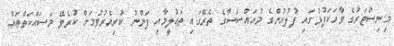
މިނިސްޓަރުގެ ވާހަކަފުޅުގައި ފުލުހުންގެ މުއައްސަސާގެ ތެރޭގައި ތަޢުލީމާއި ފަންނު ކުރިއެރުވުމަށް ކުރެވޭ މަސައްކަތްތައް